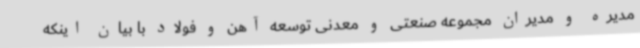
مدیره و مدیران مجموعه صنعتی و معدنی توسعه آهن و فولاد با بیان اینکه